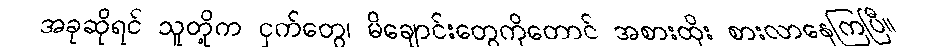
အခုဆိုရင် သူတို့က ငှက်တွေ၊ မိချောင်းတွေကိုတောင် အစားထိုး စားလာနေကြပြီ။